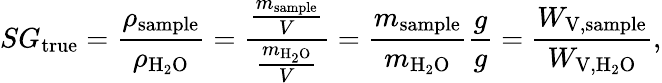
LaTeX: SG_{\mathrm{true}}={\frac{\rho_{\mathrm{sample}}}{\rho_{\mathrm{H_{2}O}}}}={\frac{\frac{m_{\mathrm{sample}}}{V}}{\frac{m_{\mathrm{H_{2}O}}}{V}}}={\frac{m_{\mathrm{sample}}}{m_{\mathrm{H_{2}O}}}}{\frac{g}{g}}={\frac{W_{\mathrm{V},{\mathrm{sample}}}}{W_{\mathrm{V},\mathrm{H_{2}O}}}},